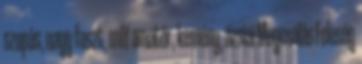
szopás, nagy faszt, milf amatőr, kemény, ázsiai Megcsalás Feleség